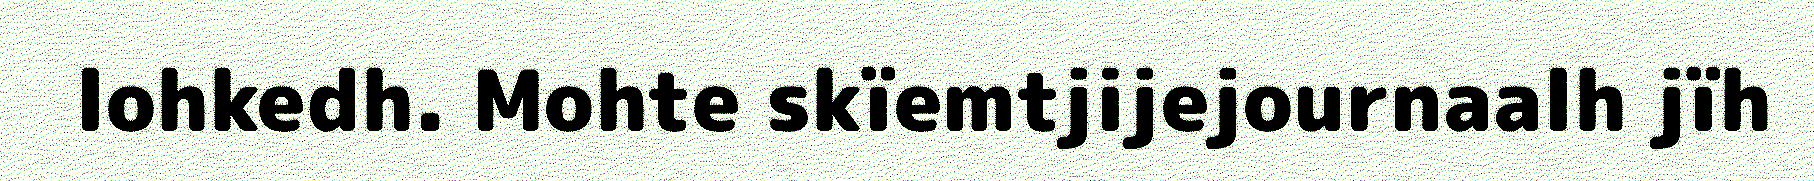
lohkedh. Mohte skïemtjijejournaalh jïh